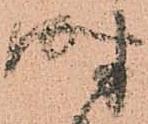
時